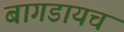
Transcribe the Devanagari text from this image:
बागडायचं